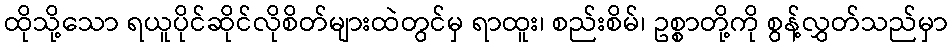
ထိုသို့သော ရယူပိုင်ဆိုင်လိုစိတ်များထဲတွင်မှ ရာထူး၊ စည်းစိမ်၊ ဥစ္စာတို့ကို စွန့်လွှတ်သည်မှာ